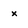
Character: x